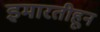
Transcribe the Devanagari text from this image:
इमारतीहून